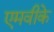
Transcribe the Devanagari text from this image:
एमवीके